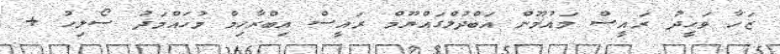
ޒަހާ ވަހީދު ރައީސް މައުމޫން އަބްދުލްގައްޔޫމް ރައީސް އިބްރާހިމް މުހައްމަދު ސޯލިހު +